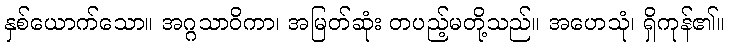
နှစ်ယောက်သော။ အဂ္ဂသာဝိကာ၊ အမြတ်ဆုံး တပည့်မတို့သည်။ အဟေသုံ၊ ရှိကုန်၏။